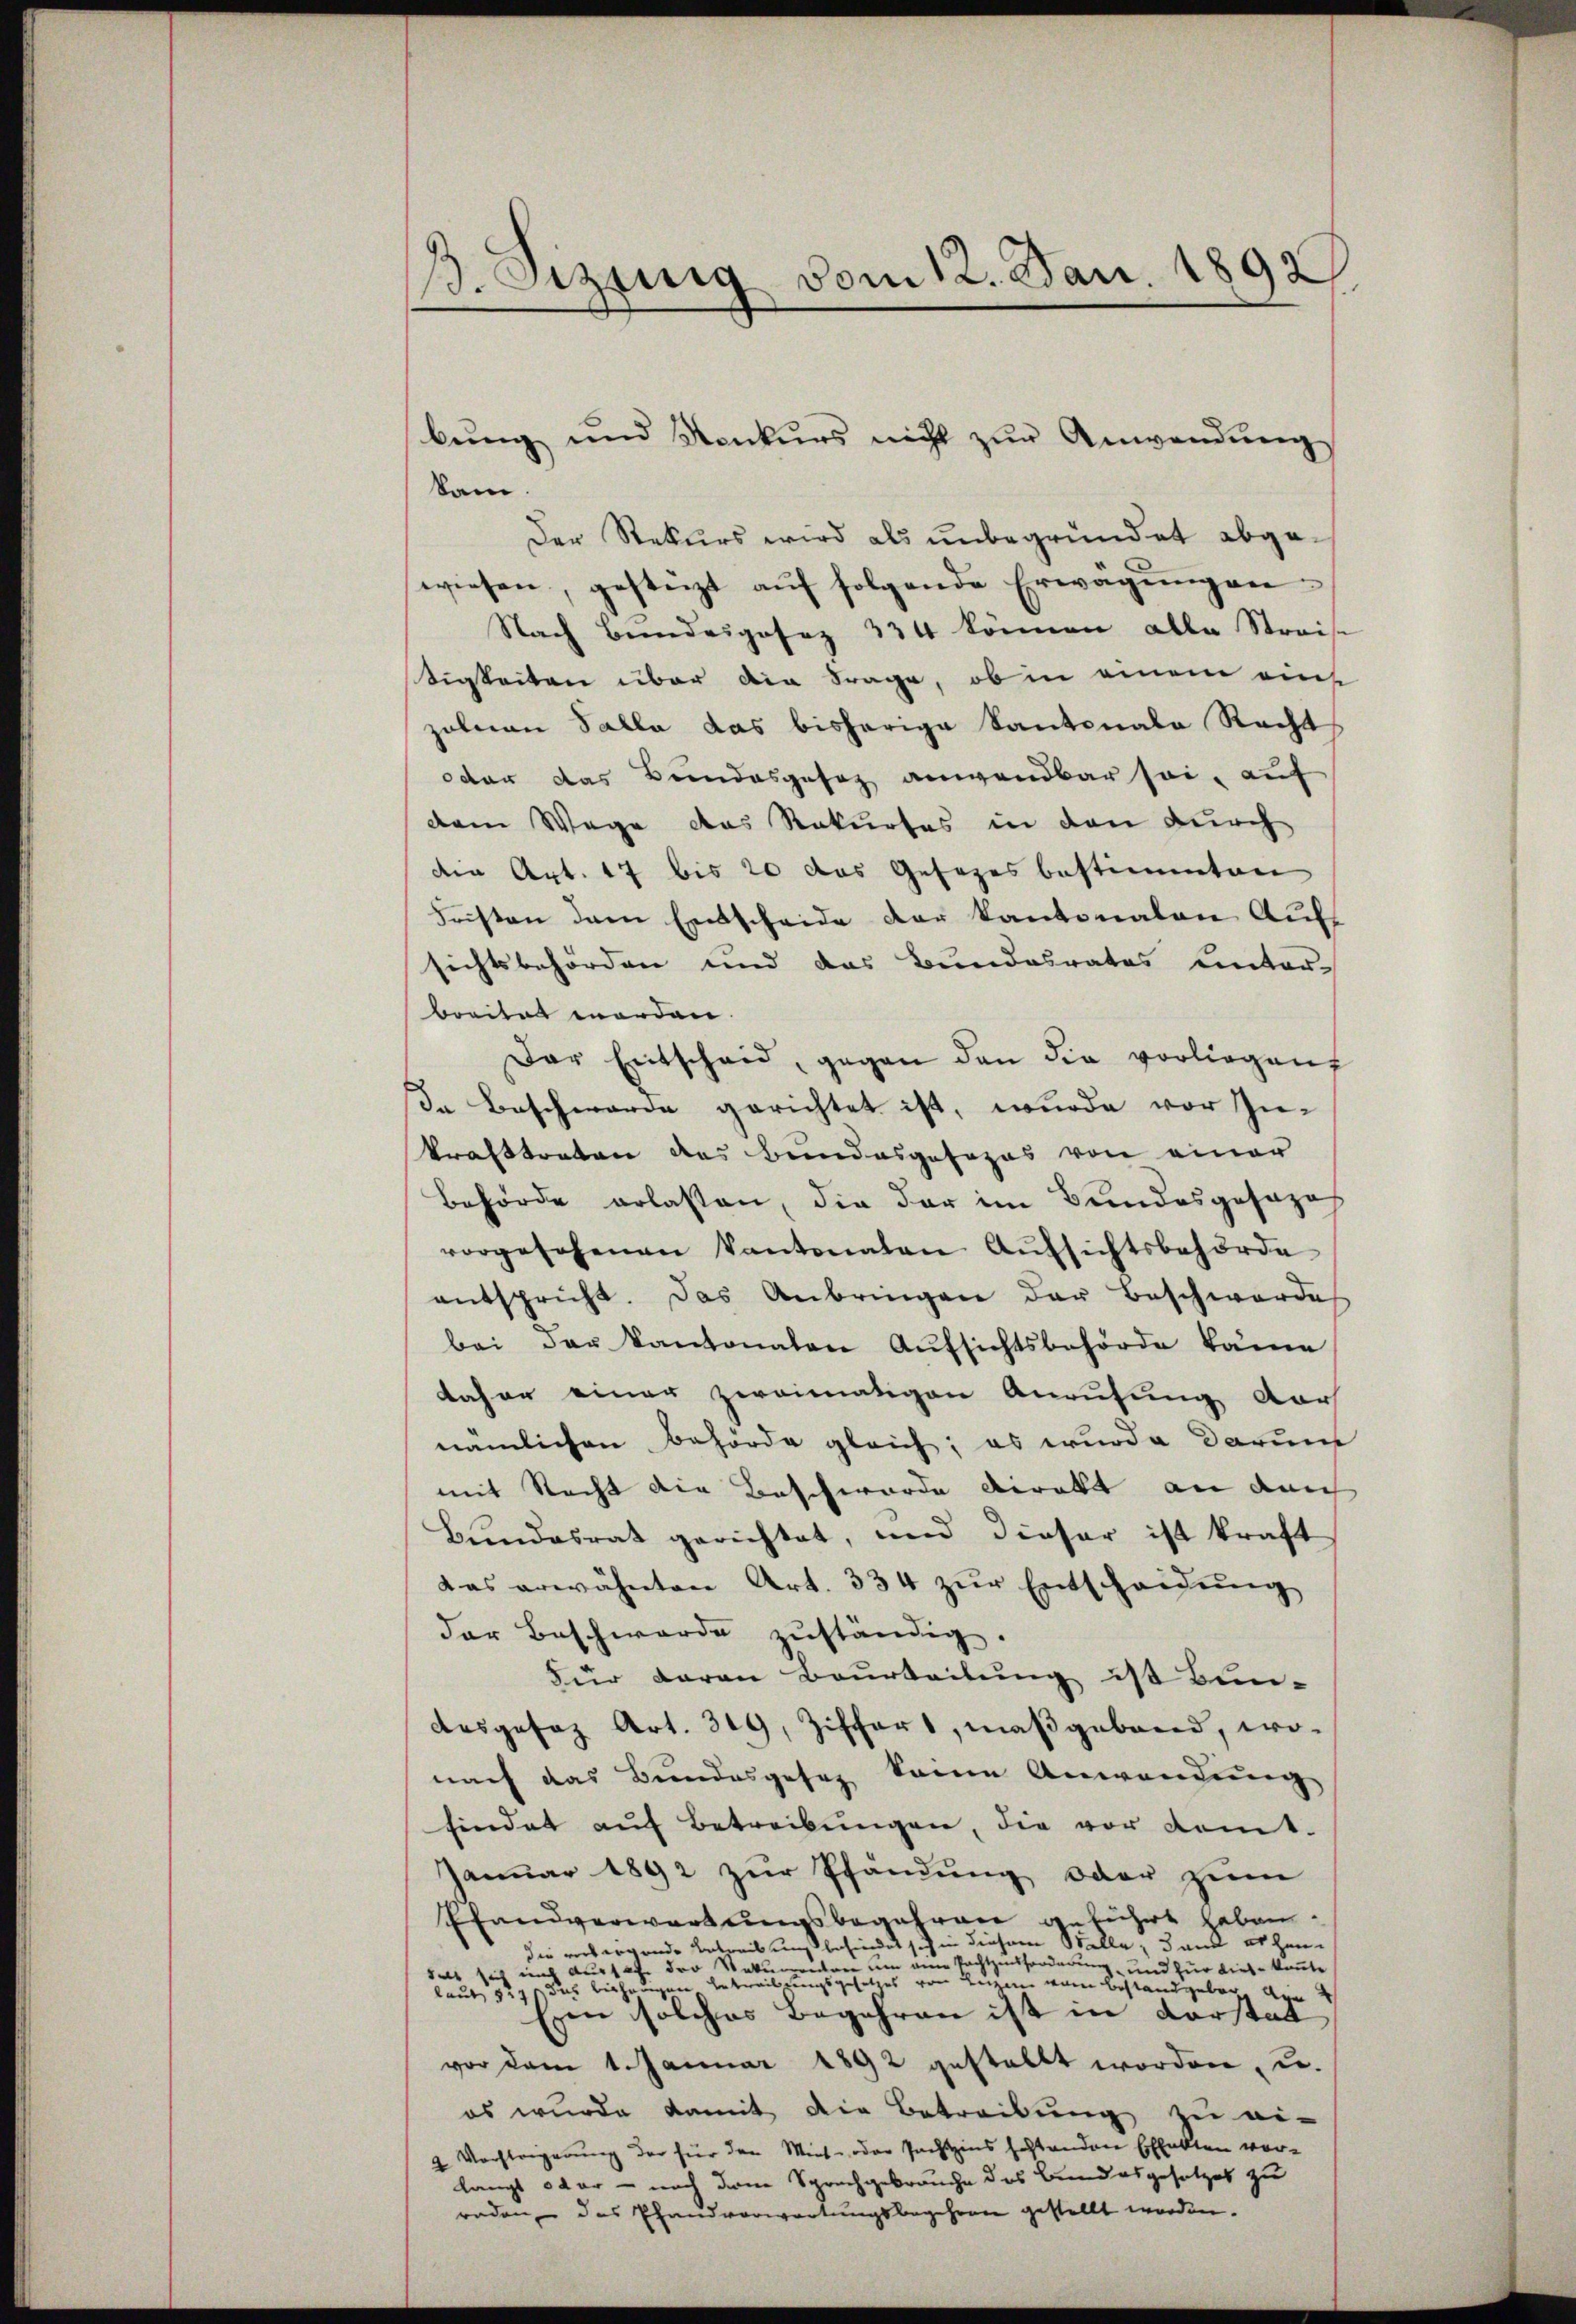
B. Sizinig vom 12. Jan. 1892

bŭng und Konkurs nicht zŭr Anwendung
d
kam.
Der Rekurs wird als unbegründet abgewiesen, gestüzt auf folgende Erwägungen
Nach Beidergesez 334 können alle Streise
digkeiten über die Frage, ob in einem eins
zahnen Salla das bisherige Kantonale Recht
oder das Bundesgesez anwendbar sei, auf
dem Wege das Rekurses in den durch
den Art. 17 bis 20 das Gesezes bestimmten
Fristen dem Entscheide der Kantonalen Aufsichtsbehörden und das Bundesrates unter-
breitet worden.
Der Entscheid, gegen den die vorliegen
In Beschwerde gerichtet ist, wurde vor Inkrafttreten des Bundesgesezes von einer
Behörde erlassen, die der im Bundesgesezes
vorgesehenen Kantonaten Aŭfsichtsbehörde
entspricht. Das Anbringen der Beschwerde
bei der Kantonalen Aŭfsichtsbehörde käme
daher einer zweimatigen Anrufung der
nämlichen Behörde gleich; es wurde darum
mit Recht die Beschwerde direkt an der
Bundesrat gerichtet, und dieser ist kraft
das erwähnten Art. 334 zur Entscheidung
der Beschwerde zŭständig.
Für daran Beurteilung ist Bun-
Ausgesaz Art. 319, Ziffers, maßgebend, wo-
nach das Bundesgefag keine Anwendung
findet aŭf betreibŭngen, die vor komt-
Januar 1892 zur Pfandung oder zum
Pfandverwartungsbegehren anführt haben.
die verborgende Antweil befindet sich in diesem Stelle, dank erhanins Aussah der Rekurrenten um eine Tochtzinsforderung und für diese konnte
e
laut § 291 des bisherigen Entweiligungsgesetzes von Aus vom Bestand gebogen den
Eren solches Begehren ist in Vorstatt
vor dem 1. Januar 1892 gestellt worden, u.
es wurde damit die Betreibung zu ei-
Vorsteigerung der für den Miet- oder Pachtzins festanden Effekten vor-
langt oder - nach der Sprachgebrauche des Bundesgesetzes zu
raden, das Pfandvorwartungsbegehren gestellt worden.